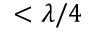
< \lambda / 4